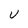
Character: u